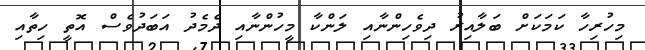
މިހުރިހާ ކަމަކަށް ބަލާއިރު ދިވެހިންނާއި ލަންކާ މީހުންނާއި ދެމެދު އަބަދުވެސް އޮތީ ހިތާއި